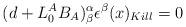
LaTeX: \begin{align*}(d+ L^A_0 B_A)^{\alpha}_ \beta \epsilon^\beta (x)_{Kill} =0\end{align*}